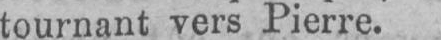
tournant vers Pierre.